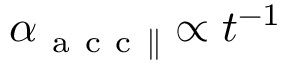
\alpha _ { \mathrm { ~ a ~ c ~ c ~ } \parallel } \propto t ^ { - 1 }